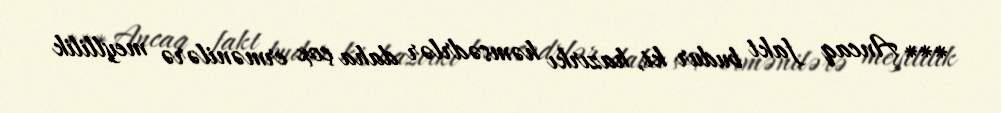
*** Ancaq fakt budur ki, hazırkı həmsədrlər daha çox ermənilərə meyllilik